Trukikaitis_Postimees, lk 3
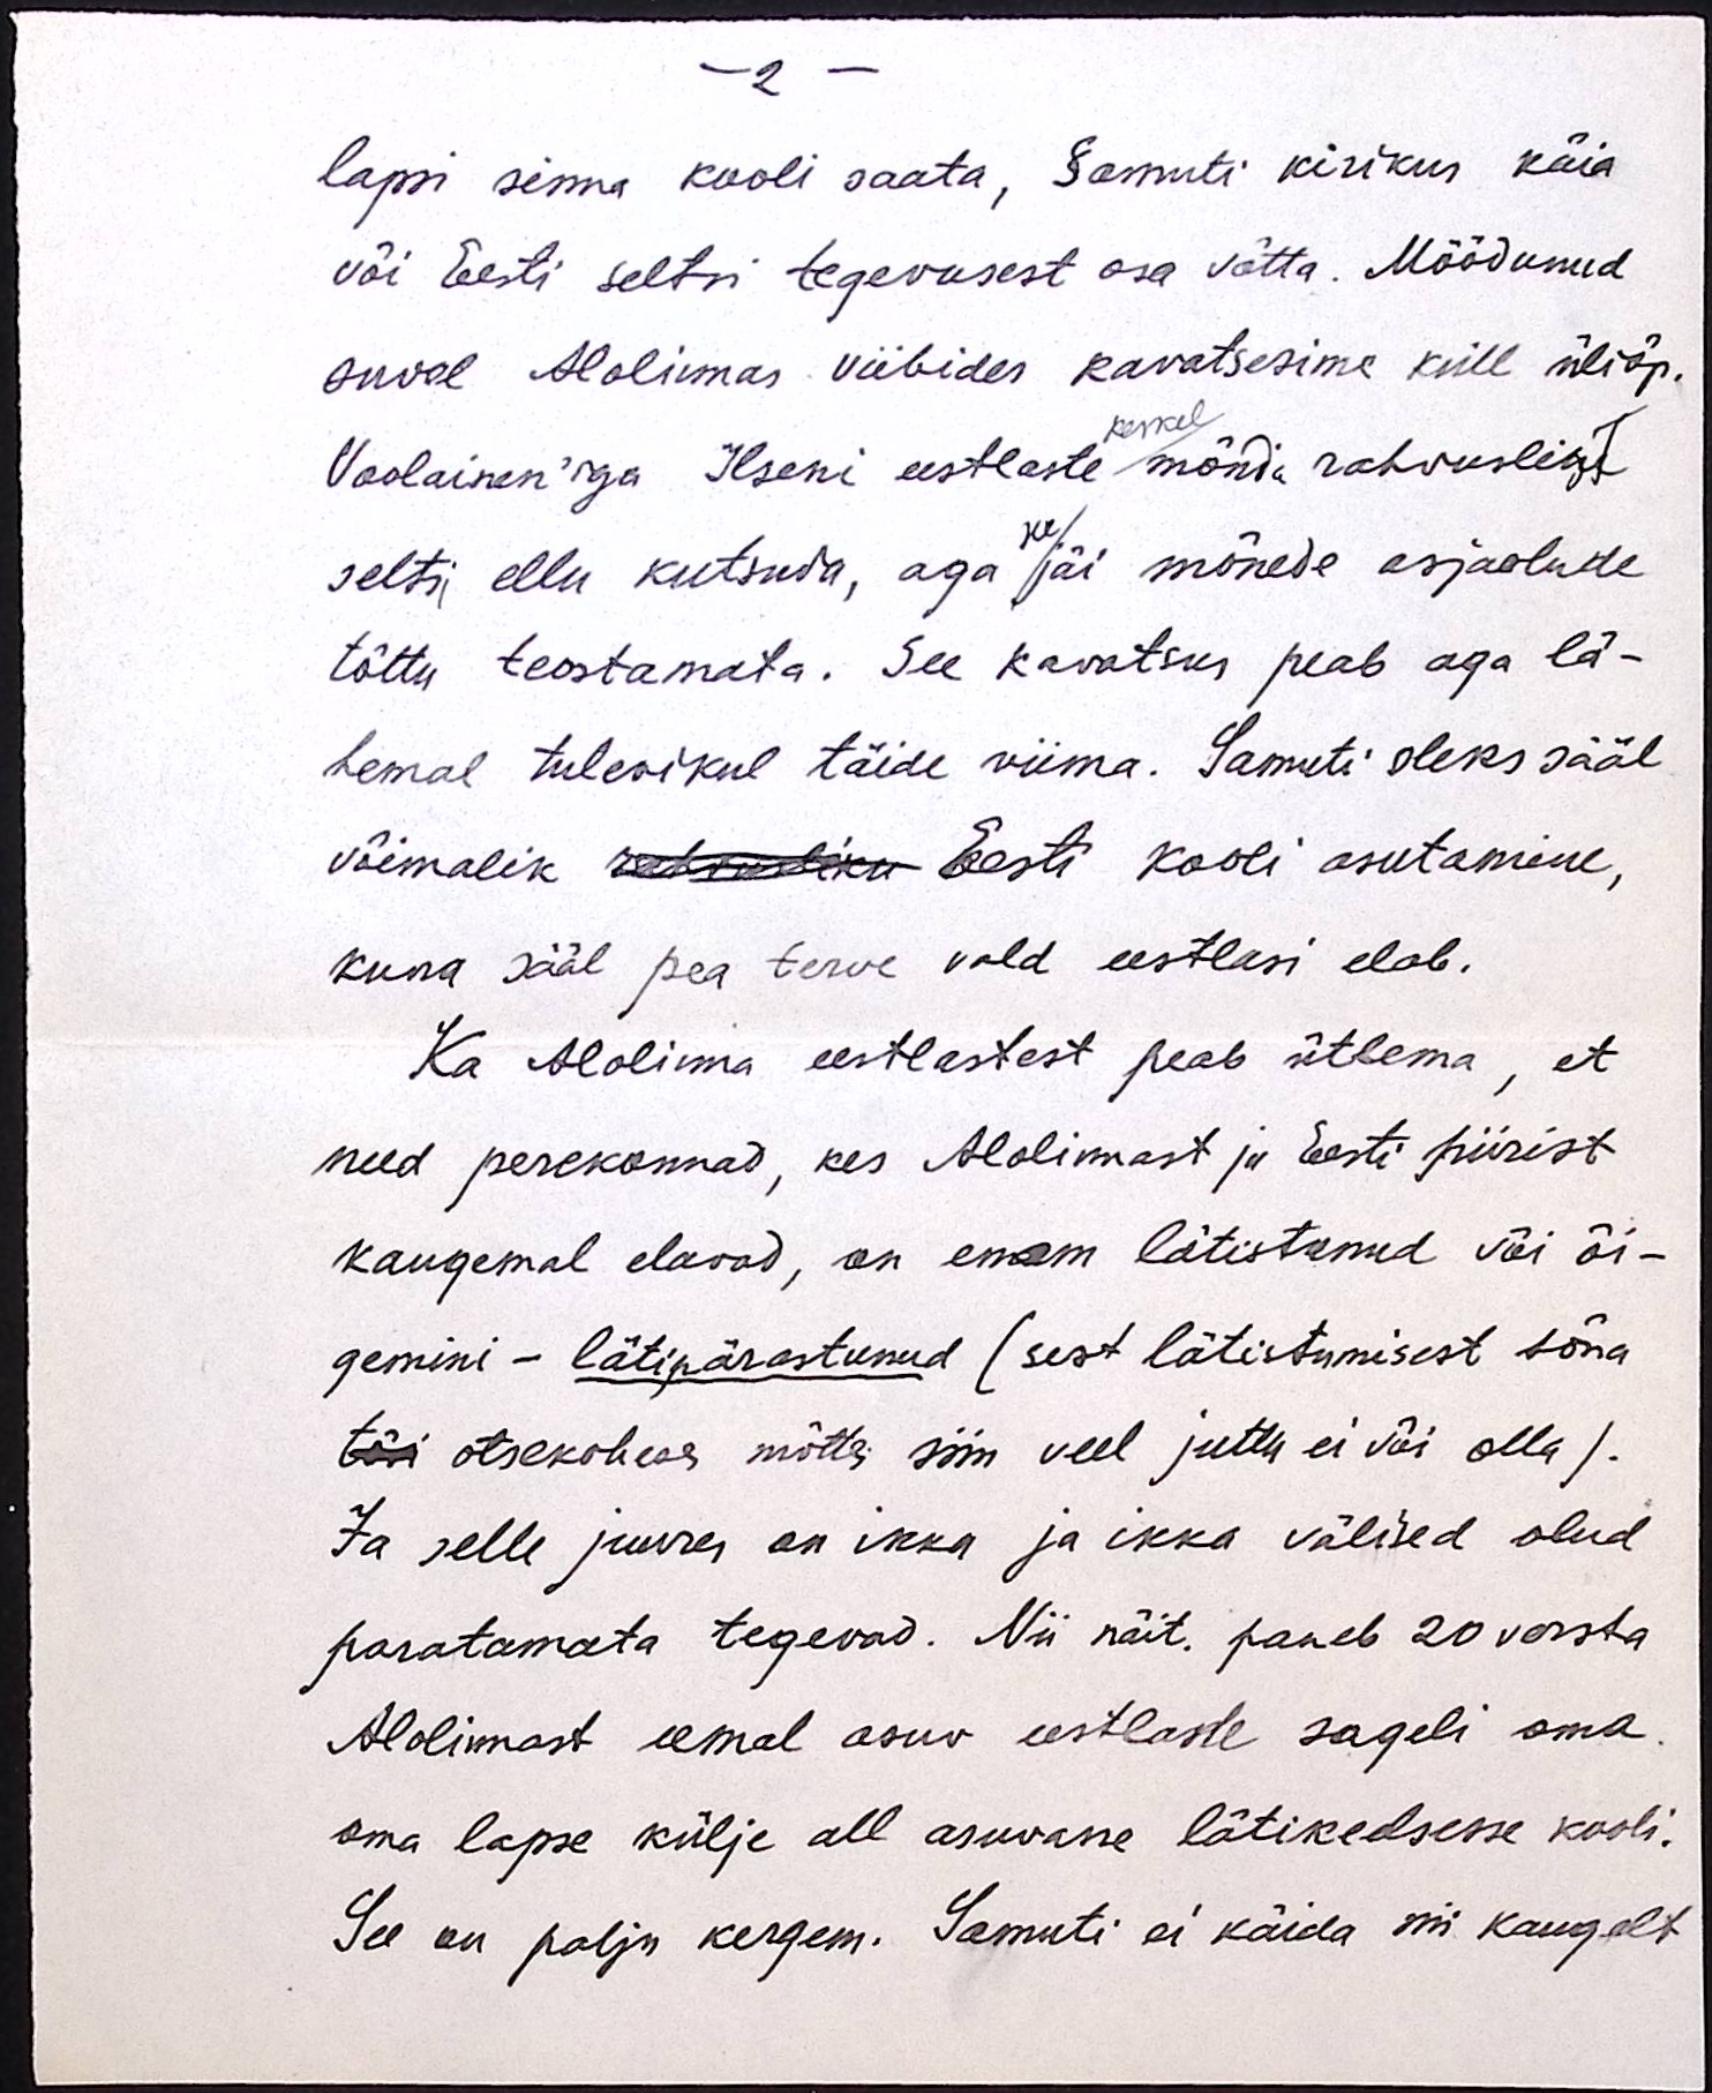
- 2 -

lapsi sinna kooli saata, Samuti kirikus käia
või Eesti seltsi tegevusest osa võtta. Möödunud
suvel Alolinnas viibides kavatsesime küll üliõp.
keskel
Voolainen'iga Ilseni eestlaste mõnda rahvuslist
see
seltsi ellu kutsuda, aga jäi mõnede asjaolude
tõttu teostamata. See kavatsus peab aga lä-
hemal tulevikul täide viima. Samuti oleks sääl
võimalik rahvusliku Eesti kooli asutamine,
kuna sääl pea terve vald eestlasi elab.
Ka Alolinna eestlastest peab ütlema, et
need perekonnad, kes Alolinnast ja Eesti piirist
kaugemal elavad, on enam lätistunud või õi-
gemini - lätipärastunud (sest lätistumisest sõna
tõsi otsekoheses mõttes siin veel juttu ei või olla).
Ja selle juures on ikka ja ikka välised olud
paratamata tegevad. Nii näit. paneb 20 versta
Alolinnast eemal asuv eestlane sageli oma
oma lapse külje all asuvasse lätikeelsesse kooli.
See on palju kergem. Samuti ei käida nii kaugelt